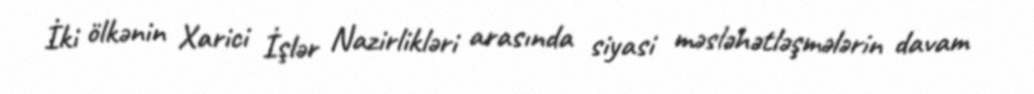
İki ölkənin Xarici İşlər Nazirlikləri arasında siyasi məsləhətləşmələrin davam